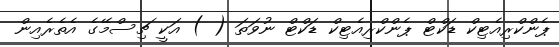
ޕެންކްރިއެޓިކް ޑަކްޓް ޕެންކްރިއެޓިކް ޑަކްޓް ނުވަތަ ( ) އަކީ ޗިސްމޭގެ އެތެރެއިން